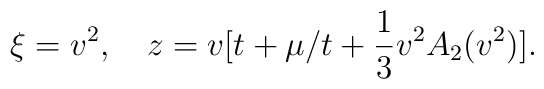
\xi = v^2,\quad z=  v [t + \mu /t +  \frac{1}{3}v^2 A_2(v^2) ].